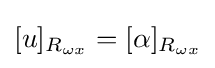
[u]_{R_{\omega x}}=[\alpha ]_{R_{\omega x}}